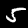
Digit: 5